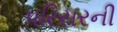
પરિસરની